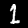
Label: 1